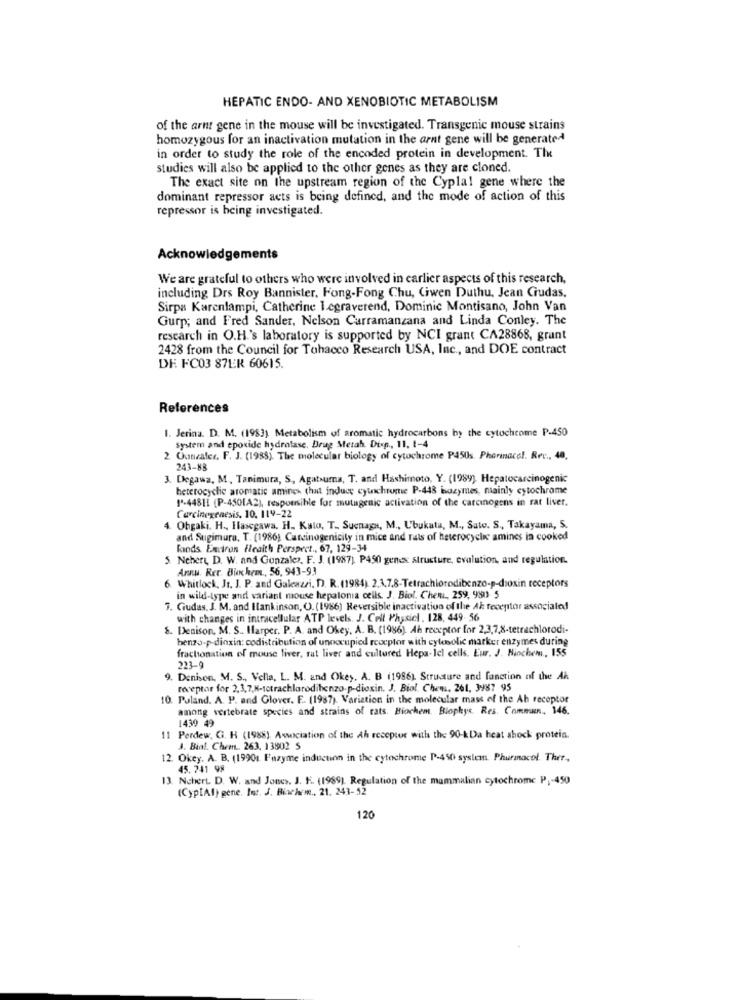
HEPATIC ENDO- AND XENOBIOTIC METABOLISM
of the arnt gene in the mouse will be investigated. Transgenic mouse strains
homozygous for an inactivation mutation in the arnt gene will be generated
in order to study the role of the encoded protein in development. The
studies will also be applied to the other genes as they are cloned.
The exact site on the upstream region of the Cyplal gene where the
dominant repressor acts is being defined, and the mode of action of this
repressor is being investigated.
Acknowledgements
We are grateful to others who were involved in carlier aspects of this research,
including Drs Roy Bannister, Hong-Fong Chu, Ciwen Duthu, Jean Crudas,
Sirpa Karenlampi, Catherine I.egraverend, Dominic Montisano, John Van
Gurp; and Fred Sander, Nelson Carramanzana and Linda Conley. The
research in O.H.'s laboratory is supported by NCI grant CA28868, grant
2428 from the Council for Tohacco Research USA, Inc ., and DOE contract
DE FC03 87ER 60615.
References
1. Jerina. D. M. (1983) Metabolism of aromatic hydrocarbons by the cytochrome P-450
System and epoxide hydratase. Drug Metah. Disp ., 11. 1-4
Ouneater. F. J. (1988). The molecular biology of cytochrome P450s. Pharmnacel. Rec ., 40,
243-88
3. Degawa, M, Tanimura, S, Agatsuma, T. and Hashimoto, Y. (1989). Hepatocarcinogenic
heterocyclic aromatic aminch that induce cytochrome P-448 bozymes, mainly cytochrome
1ª-44811 (P-4501A2), responsible for mutagenic activation of the carcinogens in rat liver.
Carcinogenesis. 10. 119-22
Obgaki. H ., Hasegawa. H. Kato, T_ Sucnagy, M ., L'bukata, M ., Sato. S ., Takayama, 5.
and Sugimura, T. (1986) Carcinogenicity in mice and rats of heterocyclic amines in cooked
Fonds Environ Health Perspect ., 67, 129-34
Nehert, D. W. and Gonzalez, F. J. (1987) P450 genex structure, evalution, and regulation.
Arnu. Rer. Buchem ., 56, 943-93
6. Whitlock, Jt. J. P. and Galeazzi. D. R. (1984). 2.3.7.8-Tetrachlorodibenzo-p-dioxin receptors
in wild-type and variant mouse hepalona cells. J. Biol. Chet, 259, 950 5
3. Gudas. J. M. and Hankinson, O). (1986) Reversible inactivation of the Ak receptor associated
with changes in intracellular ATP levels. J. Cell Physicl. 128, 449- 56
8. Denison, M. S .. Harper. P. A. and Okey. A. B. (1986). Ah receptor for 2,3,7,8-tetrachlorodi-
benzo-p-dinxin: codistribution of unoccupied receptor with cylesolic marker enzymes during
fractionation of mouse fiver, rat liver and cultured Hepa-Icl cells. Eur. J. Hinchemi, 155
223-9
9. Denison, M. S ., Vella, L. M. and Okey, A. B (1986). Structure and fanction of the Ah
receptor for 2,3,7,8-tetrachlarodibenzo-p-dioxin. J. Biol. Chens, 261, 3987 95
10. Puland. A. P. and Glover. F .. (1987). Variation in the molecular mass of the Ah receptor
among vertebrate species and strains of rats. Biochem. Biophys. Res. Commun, 146.
1439 49
11 Perdew. G. H (1988). Association of the Ah receptor with the 90-kDa heat shock protein.
J. Biol. Chem. 263. 13802 S
12. Okey. A. B. (19901. Fazyme induction in the cytochrome P-450 system. Pharmacol. Ther,
45.741 98
13. Nchert. D. W. and Jones, J. F. (1989). Regulation of the mammalian cytochrome P1-450
(Cyp[Af) gene. Int. J. Bischem ., 21. 243-52
120